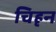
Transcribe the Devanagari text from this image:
चिहृन